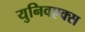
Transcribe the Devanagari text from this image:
युनिवएक्स